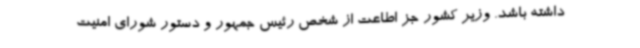
داشته باشد. وزیر کشور جز اطاعت از شخص رئیس جمهور و دستور شورای امنیت